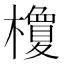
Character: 𣞭